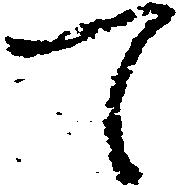
て